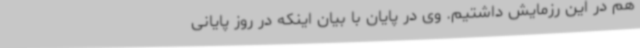
هم در این رزمایش داشتیم. وی در پایان با بیان اینکه در روز پایانی